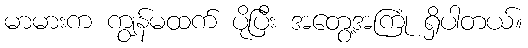
မာမားက ကျွန်မထက် ပိုပြီး အတွေ့အကြုံ ရှိပါတယ်။